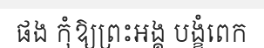
ផង កុំឱ្យព្រះអង្គ បង្ខំពេក